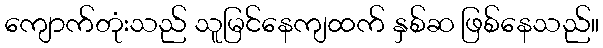
ကျောက်တုံးသည် သူမြင်နေကျထက် နှစ်ဆ ဖြစ်နေသည်။